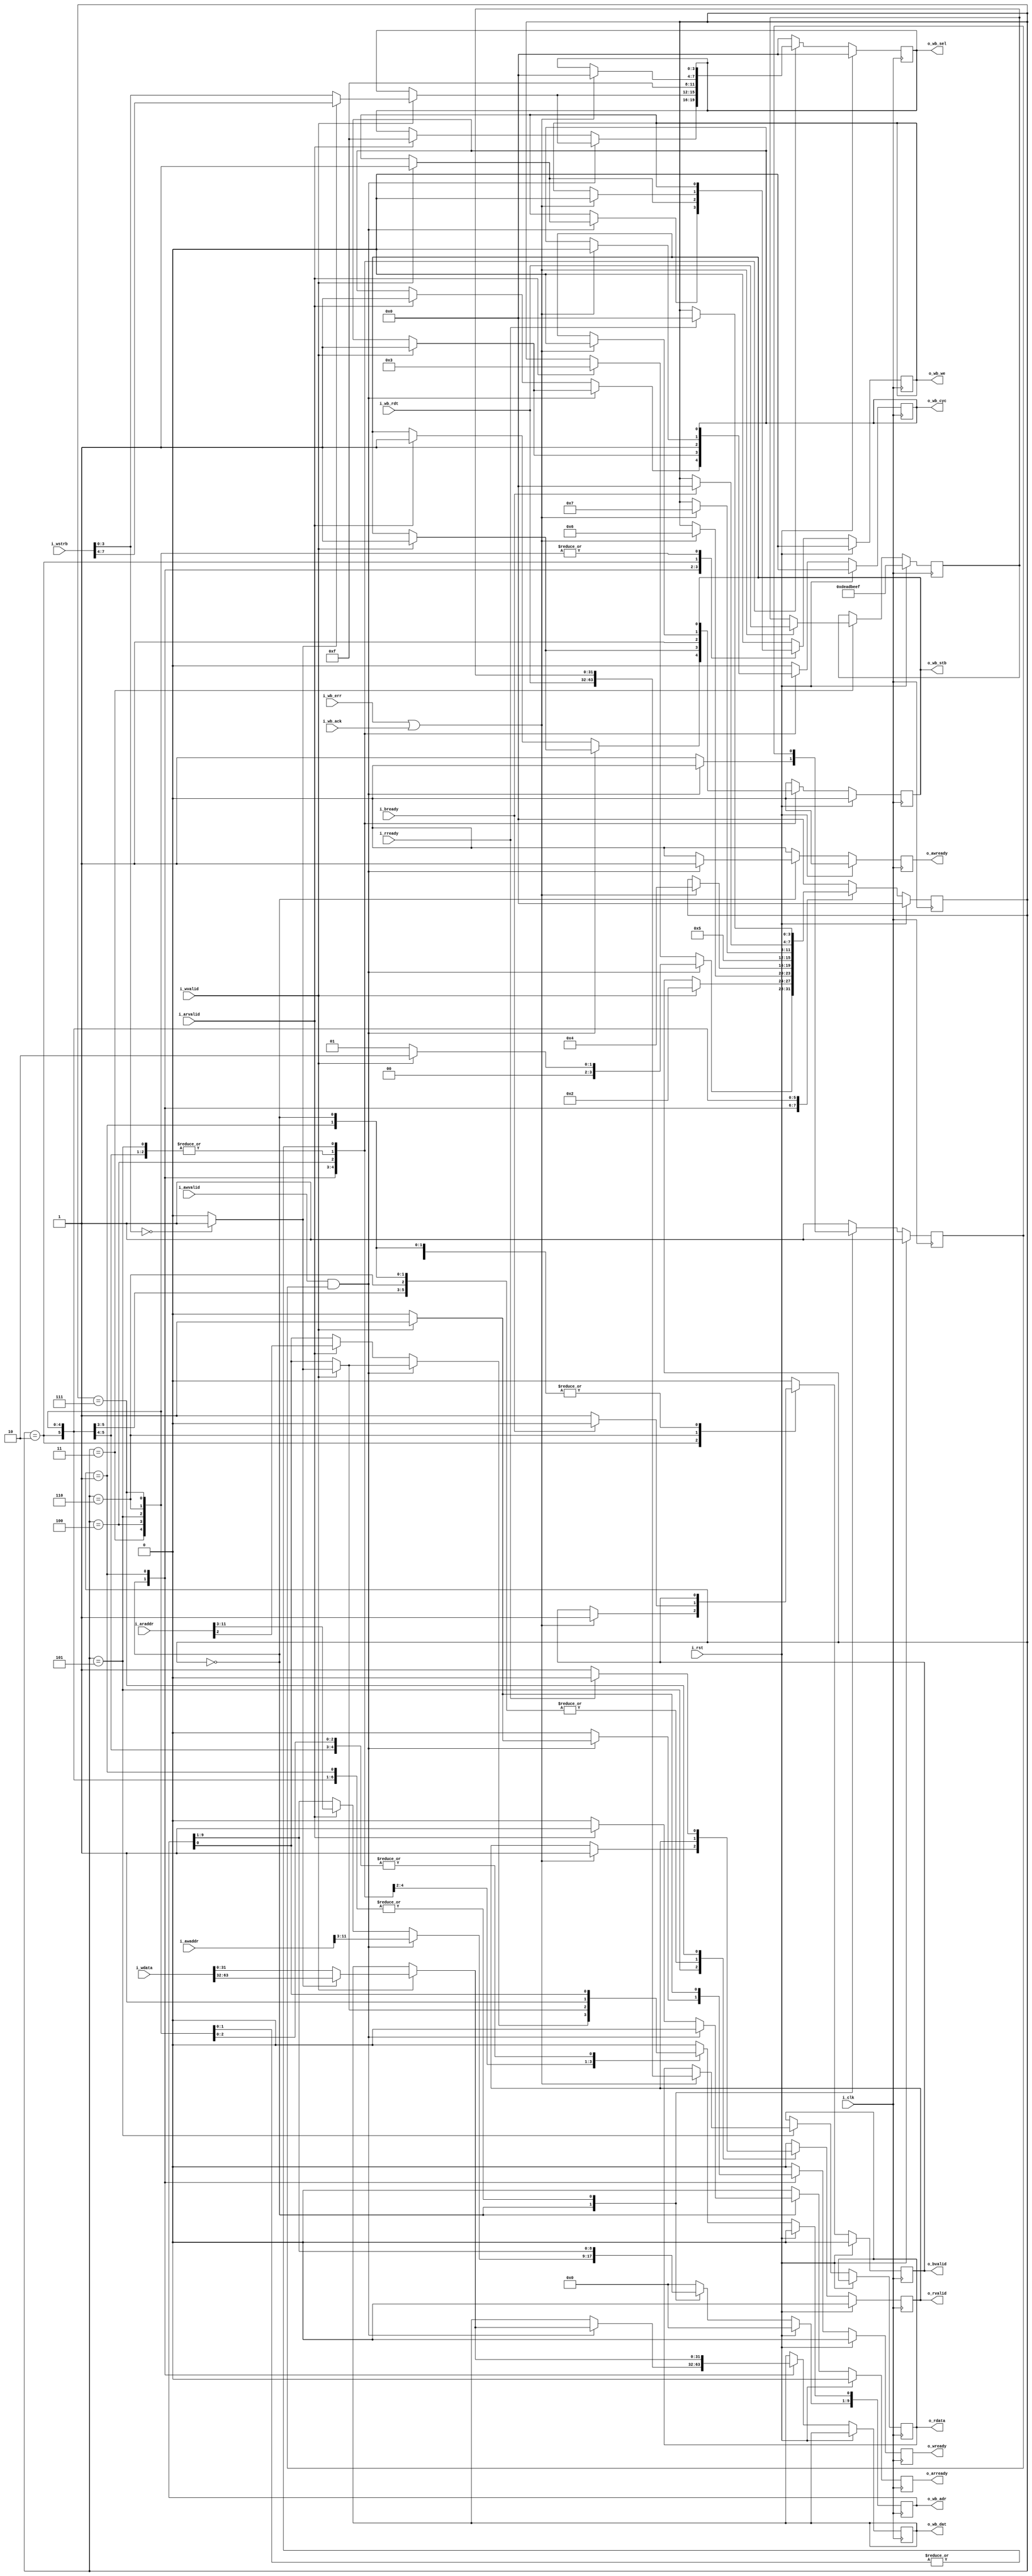
// SPDX-License-Identifier: Apache-2.0
// Copyright 2019 Peter Gustavsson <peter.gustavsson@qamcom.se>
//
// Licensed under the Apache License, Version 2.0 (the "License");
// you may not use this file except in compliance with the License.
// You may obtain a copy of the License at
//
// http://www.apache.org/licenses/LICENSE-2.0
//
// Unless required by applicable law or agreed to in writing, software
// distributed under the License is distributed on an "AS IS" BASIS,
// WITHOUT WARRANTIES OR CONDITIONS OF ANY KIND, either express or implied.
// See the License for the specific language governing permissions and
// limitations under the License.

//********************************************************************************
// $Id$
//
// Function: AXI lite to Wishbone non pipelined bridge
// Comments: Assumes single accesses to a 32bit register on an 64bit aligned address
//
//********************************************************************************

`default_nettype none
module axi2wb
  (
   input wire i_clk,
   input wire i_rst,

   // Wishbone master
   output reg [11:2] o_wb_adr,
   output reg [31:0] o_wb_dat,
   output reg [3:0] o_wb_sel,
   output reg o_wb_we,
   output reg o_wb_cyc,
   output reg o_wb_stb,

   input wire [31:0] i_wb_rdt,
   input wire i_wb_ack,
   input wire i_wb_err,

   // AXI slave
   // AXI adress write channel
   input wire [11:0] i_awaddr,
   input wire i_awvalid,
   output reg o_awready,
   //AXI adress read channel
   input wire [11:0] i_araddr,
   input wire i_arvalid,
   output reg o_arready,
   //AXI write channel
   input wire [63:0] i_wdata,
   input wire [7:0] i_wstrb,
   input wire i_wvalid,
   output reg o_wready,
   //AXI response channel
   output reg o_bvalid,
   input wire i_bready,
   //AXI read channel
   output reg [63:0] o_rdata,
   output reg o_rvalid,
   input wire i_rready
   );

   reg        hi_32b_w;
   reg 	      arbiter;
   reg 	[31:0]  wb_rdt_low;


   parameter STATESIZE = 4;

   parameter [STATESIZE-1:0]
     IDLE = 4'd0,
     AWACK = 4'd1,
     WBWACK= 4'd2,
     WBRACK1 = 4'd3,
     WBR2 = 4'd4,
     WBRACK2 = 4'd5,
     BAXI = 4'd6,
     RRAXI = 4'd7;

   reg [STATESIZE-1:0] cs;

   // formal helper registers
   reg 		       aw_req;
   reg 		       w_req;
   reg 		       ar_req;


   initial o_rvalid = 1'b0;
   initial o_bvalid = 1'b0;
   initial o_wb_stb = 1'b0;
   initial o_wb_cyc = 1'b0;
   initial o_wb_we = 1'b0;
   initial cs = 4'd0;
   initial aw_req = 1'b0;
   initial w_req = 1'b0;
   initial ar_req = 1'b0;


   always @(posedge i_clk) begin
      if (i_rst) begin
	 o_awready <= 1'b0;
	 o_wready <= 1'b0;
	 o_arready <= 1'b0;
	 o_rvalid <= 1'b0;
	 o_bvalid <= 1'b0;
	 o_wb_adr <= 10'b0;
	 o_wb_cyc <= 1'b0;
	 o_wb_stb <= 1'b0;
	 o_wb_sel <= 4'd0;
	 o_wb_we <= 1'b0;
	 arbiter <= 1'b1;
	 wb_rdt_low <= 32'hDEADBEEF;
	 cs <= IDLE;

	 aw_req <= 1'b0;
	 w_req <= 1'b0;
	 ar_req <= 1'b0;

      end
      else begin
	 o_awready <= 1'b0;
	 o_wready <= 1'b0;
	 o_arready <= 1'b0;

	 if (i_awvalid && o_awready)
	   aw_req <= 1'b1;
	 else if (i_bready && o_bvalid)
	   aw_req <= 1'b0;

	 if (i_wvalid && o_wready)
	   w_req <= 1'b1;
	 else if (i_bready && o_bvalid)
	   w_req <= 1'b0;

	 if (i_arvalid && o_arready)
	   ar_req <= 1'b1;
	 else if (i_rready && o_rvalid)
	   ar_req <= 1'b0;

	 case (cs)
	   IDLE : begin
	      arbiter <= 1'b1;
	      if (i_awvalid && arbiter) begin
		 o_wb_adr[11:3] <= i_awaddr[11:3];
		 o_awready <= 1'b1;
		 arbiter <= 1'b0;
		 if (i_wvalid) begin
		    hi_32b_w = (i_wstrb[3:0] == 4'h0) ? 1'b1 : 1'b0;
		    o_wb_adr[2] <= hi_32b_w;
		    o_wb_cyc <= 1'b1;
		    o_wb_stb <= 1'b1;
		    o_wb_sel <= hi_32b_w ? i_wstrb[7:4] : i_wstrb[3:0];
		    o_wb_dat <= hi_32b_w ? i_wdata[63:32] : i_wdata[31:0];
		    o_wb_we <= 1'b1;
		    o_wready <= 1'b1;
		    cs <= WBWACK;
		 end
		 else begin
		    cs <= AWACK;
		 end
	      end
	      else if (i_arvalid) begin
		 o_wb_adr[11:2] <= i_araddr[11:2];
		 o_wb_sel <= 4'hF;
		 o_wb_cyc <= 1'b1;
		 o_wb_stb <= 1'b1;
		 o_arready <= 1'b1;
		 cs <= WBRACK1;
	      end
	   end

	   AWACK : begin
	      if (i_wvalid) begin
		 hi_32b_w = (i_wstrb[3:0] == 4'h0) ? 1'b1 : 1'b0;
		 o_wb_adr[2] <= hi_32b_w;
		 o_wb_cyc <= 1'b1;
		 o_wb_stb <= 1'b1;
		 o_wb_sel <= hi_32b_w ? i_wstrb[7:4] : i_wstrb[3:0];
		 o_wb_dat <= hi_32b_w ? i_wdata[63:32] : i_wdata[31:0];
		 o_wb_we <= 1'b1;
		 o_wready <= 1'b1;
		 cs <= WBWACK;
	      end
	   end

	   WBWACK : begin
	      if ( i_wb_err || i_wb_ack ) begin
		 o_wb_cyc <= 1'b0;
		 o_wb_stb <= 1'b0;
		 o_wb_sel <= 4'h0;
		 o_wb_we <= 1'b0;
		 o_bvalid <= 1'b1;
		 cs <= BAXI;
	      end
	   end

	   WBRACK1 : begin
	      if ( i_wb_err || i_wb_ack) begin
		 o_wb_cyc <= 1'b0;
		 o_wb_stb <= 1'b0;
		 o_wb_sel <= 4'h0;
		 wb_rdt_low <= i_wb_rdt;
		 cs <= WBR2;
	      end
	   end

	   WBR2 : begin
	      o_wb_adr[2] <= 1'b1;
	      o_wb_sel <= 4'hF;
	      o_wb_cyc <= 1'b1;
	      o_wb_stb <= 1'b1;
	      cs <= WBRACK2;
	   end


	   WBRACK2 : begin
	      if ( i_wb_err || i_wb_ack) begin
		 o_wb_cyc <= 1'b0;
		 o_wb_stb <= 1'b0;
		 o_wb_sel <= 4'h0;
		 o_rvalid <= 1'b1;
		 o_rdata <= {i_wb_rdt, wb_rdt_low};
		 cs <= RRAXI;
	      end
	   end

	   BAXI : begin
	      o_bvalid <= 1'b1;
	      if (i_bready) begin
		 o_bvalid <= 1'b0;
		 cs <= IDLE;
	      end
	   end

	   RRAXI : begin
	      o_rvalid <= 1'b1;
	      if (i_rready) begin
		 o_rvalid <= 1'b0;
		 cs <= IDLE;
	      end
	   end

	   default : begin
	      o_awready <= 1'b0;
	      o_wready <= 1'b0;
	      o_arready <= 1'b0;
	      o_rvalid <= 1'b0;
	      o_bvalid <= 1'b0;
	      o_wb_adr <= 10'b0;
	      o_wb_cyc <= 1'b0;
	      o_wb_stb <= 1'b0;
	      o_wb_sel <= 4'd0;
	      o_wb_we <= 1'b0;
	      arbiter <= 1'b1;
	      cs <= IDLE;
	   end
	 endcase
      end
   end

`ifdef FORMAL
   localparam	F_LGDEPTH = 4;

   wire	[(F_LGDEPTH-1):0]	faxi_awr_outstanding,
				faxi_wr_outstanding,
				faxi_rd_outstanding;


   faxil_slave
     #(
         .C_AXI_DATA_WIDTH(64),
	 .C_AXI_ADDR_WIDTH(12),
	 .F_OPT_BRESP      (1'b1),
	 .F_OPT_RRESP      (1'b1),
	 .F_AXI_MAXWAIT    (16),
	 .F_AXI_MAXDELAY   (4),
	 .F_AXI_MAXRSTALL  (1),
	 .F_LGDEPTH(F_LGDEPTH))
   faxil_slave
     (
	    .i_clk(i_clk),
	    .i_axi_reset_n(~i_rst),
	    //
       	    .i_axi_awaddr(i_awaddr),
	    .i_axi_awcache(4'h0),
	    .i_axi_awprot(3'd0),
	    .i_axi_awvalid(i_awvalid),
	    .i_axi_awready(o_awready),
	    //
	    .i_axi_wdata(i_wdata),
	    .i_axi_wstrb(i_wstrb),
	    .i_axi_wvalid(i_wvalid),
	    .i_axi_wready(o_wready),
	    //
	    .i_axi_bresp(2'd0),
	    .i_axi_bvalid(o_bvalid),
	    .i_axi_bready(i_bready),
	    //
	    .i_axi_araddr(i_araddr),
	    .i_axi_arprot(3'd0),
	    .i_axi_arcache(4'h0),
	    .i_axi_arvalid(i_arvalid),
	    .i_axi_arready(o_arready),
	    //
	    .i_axi_rdata(o_rdata),
	    .i_axi_rresp(2'd0),
	    .i_axi_rvalid(o_rvalid),
	    .i_axi_rready(i_rready),
	    //
	    .f_axi_rd_outstanding(faxi_rd_outstanding),
	    .f_axi_wr_outstanding(faxi_wr_outstanding),
	    .f_axi_awr_outstanding(faxi_awr_outstanding));


   always @(*) begin

      assert(faxi_awr_outstanding <= 1);
      assert(faxi_wr_outstanding <= 1);
      assert(faxi_rd_outstanding <= 1);

      case (cs)
	IDLE : begin
	   assert(!o_wb_we);
	   assert(!o_wb_stb);
	   assert(!o_wb_cyc);
	   assert(!aw_req);
	   assert(!ar_req);
	   assert(!w_req);
	   assert(faxi_awr_outstanding == 0);
	   assert(faxi_wr_outstanding == 0);
	   assert(faxi_rd_outstanding == 0);
	end
	AWACK : begin
	   assert(!o_wb_we);
	   assert(!o_wb_stb);
	   assert(!o_wb_cyc);
	   assert(faxi_awr_outstanding == (aw_req ? 1:0));
	   assert(faxi_wr_outstanding == 0);
	   assert(faxi_rd_outstanding == 0);
	end
	WBWACK : begin
	   assert(faxi_awr_outstanding == (aw_req ? 1:0));
	   assert(faxi_wr_outstanding == (w_req ? 1:0));
	   assert(faxi_rd_outstanding == 0);
	end
	WBRACK : begin
	   assert(faxi_awr_outstanding == 0);
	   assert(faxi_wr_outstanding == 0);
	   assert(faxi_rd_outstanding == (ar_req ? 1:0));
	   end
	BAXI : begin
	   assert(faxi_rd_outstanding == 0);
	end
	RRAXI : begin
	   assert(faxi_awr_outstanding == 0);
	   assert(faxi_wr_outstanding == 0);
	end

	default:
	  assert(0);
      endcase // case (cs)
   end

   fwbc_master
     #(.AW (10),
       .DW (32),
       .F_MAX_DELAY (4),
       .OPT_BUS_ABORT (0))
   fwbc_master
     (.i_clk      (i_clk),
      .i_reset    (i_rst),
      .i_wb_addr  (o_wb_adr),
      .i_wb_data  (o_wb_dat),
      .i_wb_sel   (o_wb_sel),
      .i_wb_we    (o_wb_we),
      .i_wb_cyc   (o_wb_cyc),
      .i_wb_stb   (o_wb_stb),
      .i_wb_cti   (3'd0),
      .i_wb_bte   (2'd0),
      .i_wb_idata (i_wb_rdt),
      .i_wb_ack   (i_wb_ack),
      .i_wb_err   (i_wb_err),
      .i_wb_rty   (1'b0));

`endif
endmodule